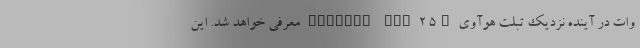
وات در آینده نزدیک تبلت هوآوی MatePad Pro 2 5G معرفی خواهد شد. این